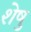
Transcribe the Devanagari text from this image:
शेषु